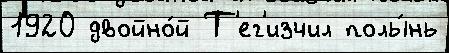
1920 двойно́й Т'ег'изчил полы́нь